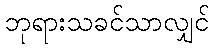
ဘုရားသခင်သာလျှင်